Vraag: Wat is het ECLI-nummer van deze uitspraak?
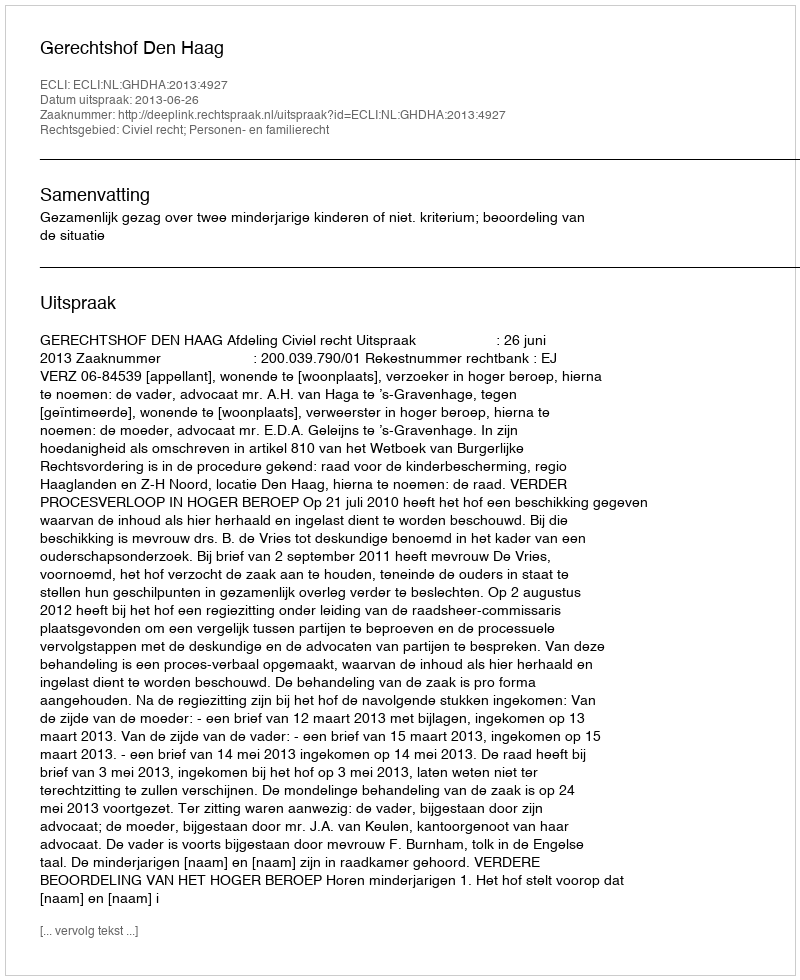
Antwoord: ECLI:NL:GHDHA:2013:4927